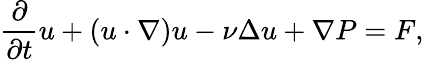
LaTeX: \frac{\partial}{\partial t}u+(u\cdot\nabla)u-\nu\Delta u+\nabla P=F,